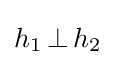
h_{1}\,\bot \,h_{2}